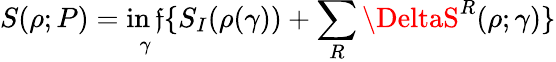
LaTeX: S(\rho;P)=\operatorname*{in\mathfrak{f}}_{\gamma}\{ S_{I}(\rho(\gamma))+\sum_{R}\DeltaS^{R}(\rho;\gamma)\}